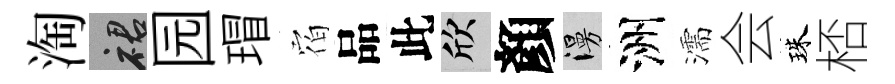
淘裙园瑁𪧐品此欣顏漫洲濡会珠桮